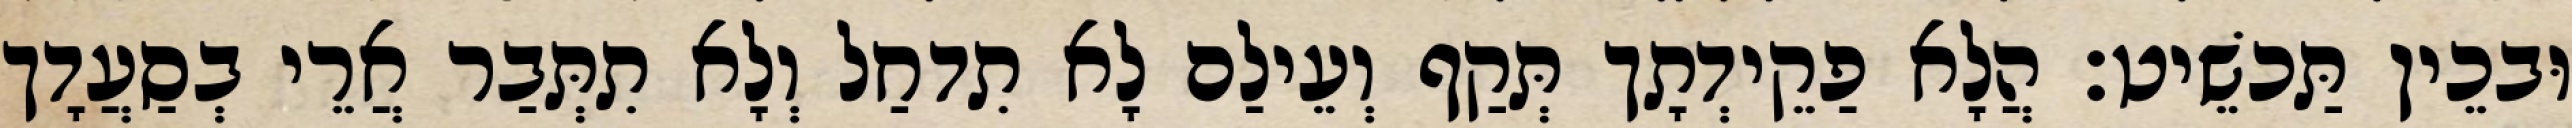
וּבכֵין תַּכשֵׁיט׃ הֲלָא פַקֵידְתָך תְּקַף וְעֵילַם לָא תִדחַל וְלָא תִתְּבַר אֲרֵי בְסַעֲדָך